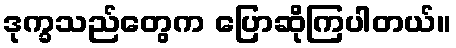
ဒုက္ခသည်တွေက ပြောဆိုကြပါတယ်။